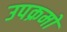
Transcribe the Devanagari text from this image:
उपक्रमो